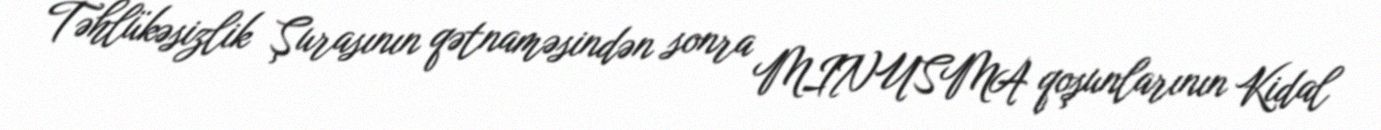
Təhlükəsizlik Şurasının qətnaməsindən sonra MINUSMA qoşunlarının Kidal